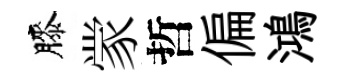
膝䝉哲偏鴻